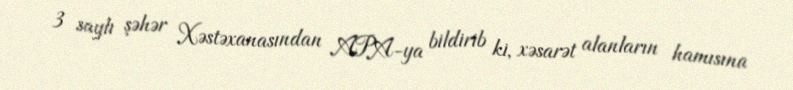
3 saylı şəhər Xəstəxanasından APA-ya bildirib ki, xəsarət alanların hamısına